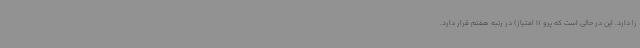
را دارد. این در حالی است که پرو (1 امتیاز) در رتبه هفتم قرار دارد.